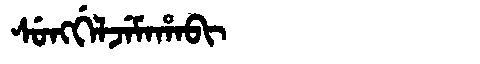
Manchu: ᠰᡠᠩᡤᡝᠯᠵᡝᠮᠠᡥᠠᠪᡳ
Romanization: SUNGGELJEMAHABI